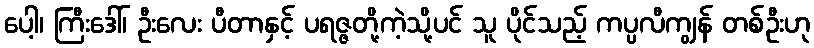
ပေါ့၊ ကြီးဒေါ်၊ ဦးလေး ပီတာနှင့် ပရဇ္ဇတို့ကဲ့သို့ပင် သူ ပိုင်သည့် ကပ္ပလီကျွန် တစ်ဦးဟု